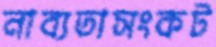
নাব্যতাসংকট